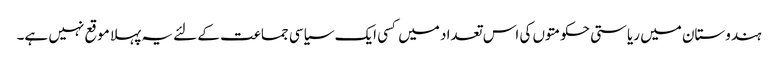
ہندوستان میں ریاستی حکومتوں کی اس تعداد میں کسی ایک سیاسی جماعت کے لئے یہ پہلا موقع نہیں ہے۔